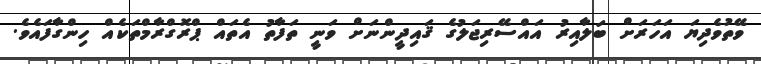
ވޭތުވެދިޔަ އަހަރަށް ބަލާއިރު އައްސޭރިޖަލުގެ ޤައިދީންނަށް ވަނީ ތަފާތު އެތައް ޕްރޮގްރާމްތަކެއް ހިންގާފައެވެ.